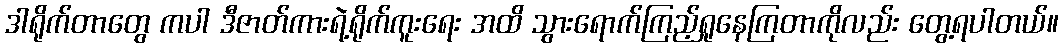
ဒါရိုက်တာတွေ ကပါ ဒီဇာတ်ကားရဲ့ရိုက်ကူးရေး အထိ သွားရောက်ကြည့်ရှုနေကြတာကိုလည်း တွေ့ရပါတယ်။